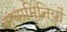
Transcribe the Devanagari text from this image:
स्वामिनियों